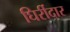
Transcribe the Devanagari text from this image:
घिर्रीदार